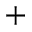
^ +